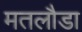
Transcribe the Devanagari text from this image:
मतलौडा